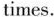
times.